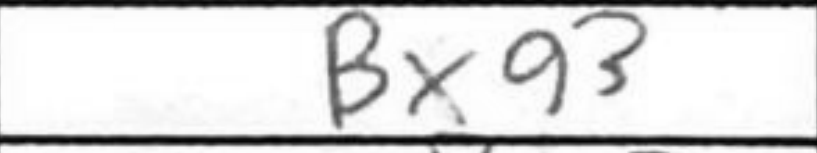
Transcription: Bxg3